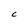
Character: C